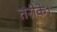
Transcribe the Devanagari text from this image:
तरीके।